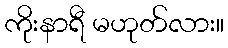
ကိုးနာရီ မဟုတ်လား။